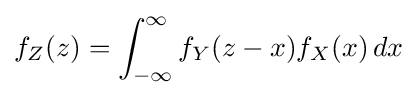
f_{Z}(z)=\int _{-\infty }^{\infty }f_{Y}(z-x)f_{X}(x)\,dx